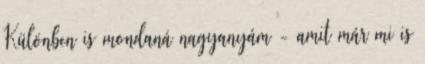
Különben is mondaná nagyanyám - amit már mi is